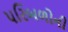
પરિબળોની